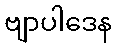
ဗျာပါဒေန